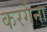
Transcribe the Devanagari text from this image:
करगैना